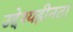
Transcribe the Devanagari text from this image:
उद्देश्यहीनता